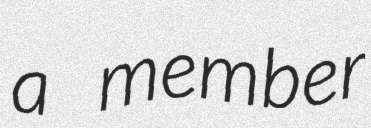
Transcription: a member